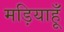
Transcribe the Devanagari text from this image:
मड़ियाहूँ